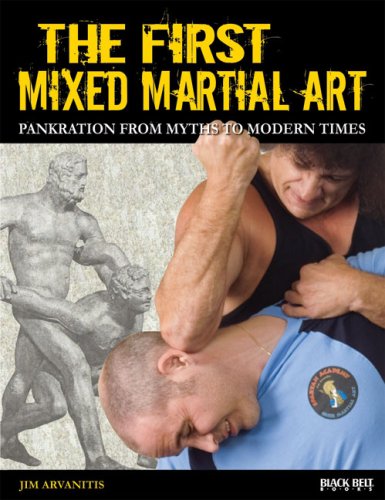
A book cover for The First Mixed Martial Art: Pankration from Myths to Modern Times; Jim Arvanitis; Sports & Outdoors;